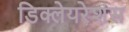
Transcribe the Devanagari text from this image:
डिक्लेयरेशंस